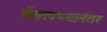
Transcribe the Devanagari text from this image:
कॅब्रलच्यानंतर